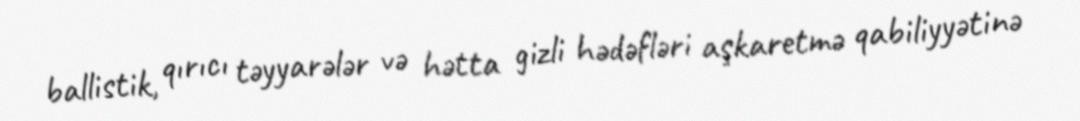
ballistik, qırıcı təyyarələr və hətta gizli hədəfləri aşkaretmə qabiliyyətinə